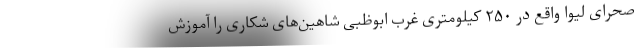
صحرای لیوا واقع در ۲۵۰ کیلومتری غرب ابوظبی شاهین‌های شکاری را آموزش